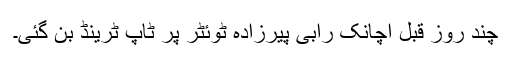
چند روز قبل اچانک رابی پیرزادہ ٹوئٹر پر ٹاپ ٹرینڈ بن گئی۔